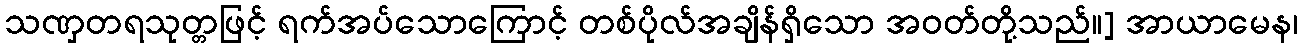
သဏှတရသုတ္တဖြင့် ရက်အပ်သောကြောင့် တစ်ပိုလ်အချိန်ရှိသော အဝတ်တို့သည်။] အာယာမေန၊